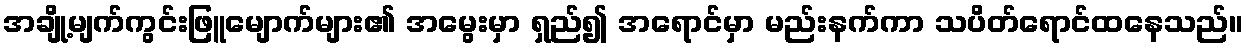
အချို့မျက်ကွင်းဖြူမျောက်များ၏ အမွေးမှာ ရှည်၍ အရောင်မှာ မည်းနက်ကာ သပိတ်ရောင်ထနေသည်။